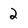
Character: 2